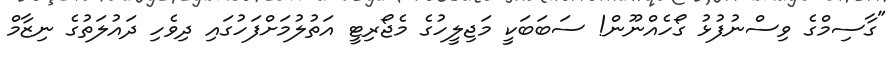
"ގާސިމްގެ ވިސްނުފުޅު ގޯހެއްނޫން! ސަބަބަކީ މަޖިލީހުގެ މެޖޯރިޓީ އަތުލުމަށްފަހުގައި ދިވެހި ދައުލަތުގެ ނިޒާމް